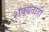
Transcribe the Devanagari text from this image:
शक्‍यताही